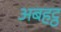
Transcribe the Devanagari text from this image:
अबहट्ठ